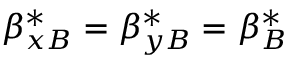
\beta _ { x B } ^ { * } = \beta _ { y B } ^ { * } = \beta _ { B } ^ { * }